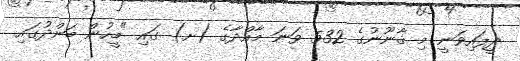
ދީފައިވަނީ މި ޤާނޫނުގެ 532 ވަނަ މާއްދާގެ (ށ) ގައި "މީހުން ބަންދުގައި